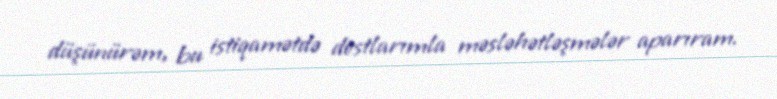
düşünürəm, bu istiqamətdə dostlarımla məsləhətləşmələr aparıram.